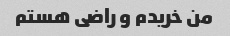
من خریدم و راضی هستم